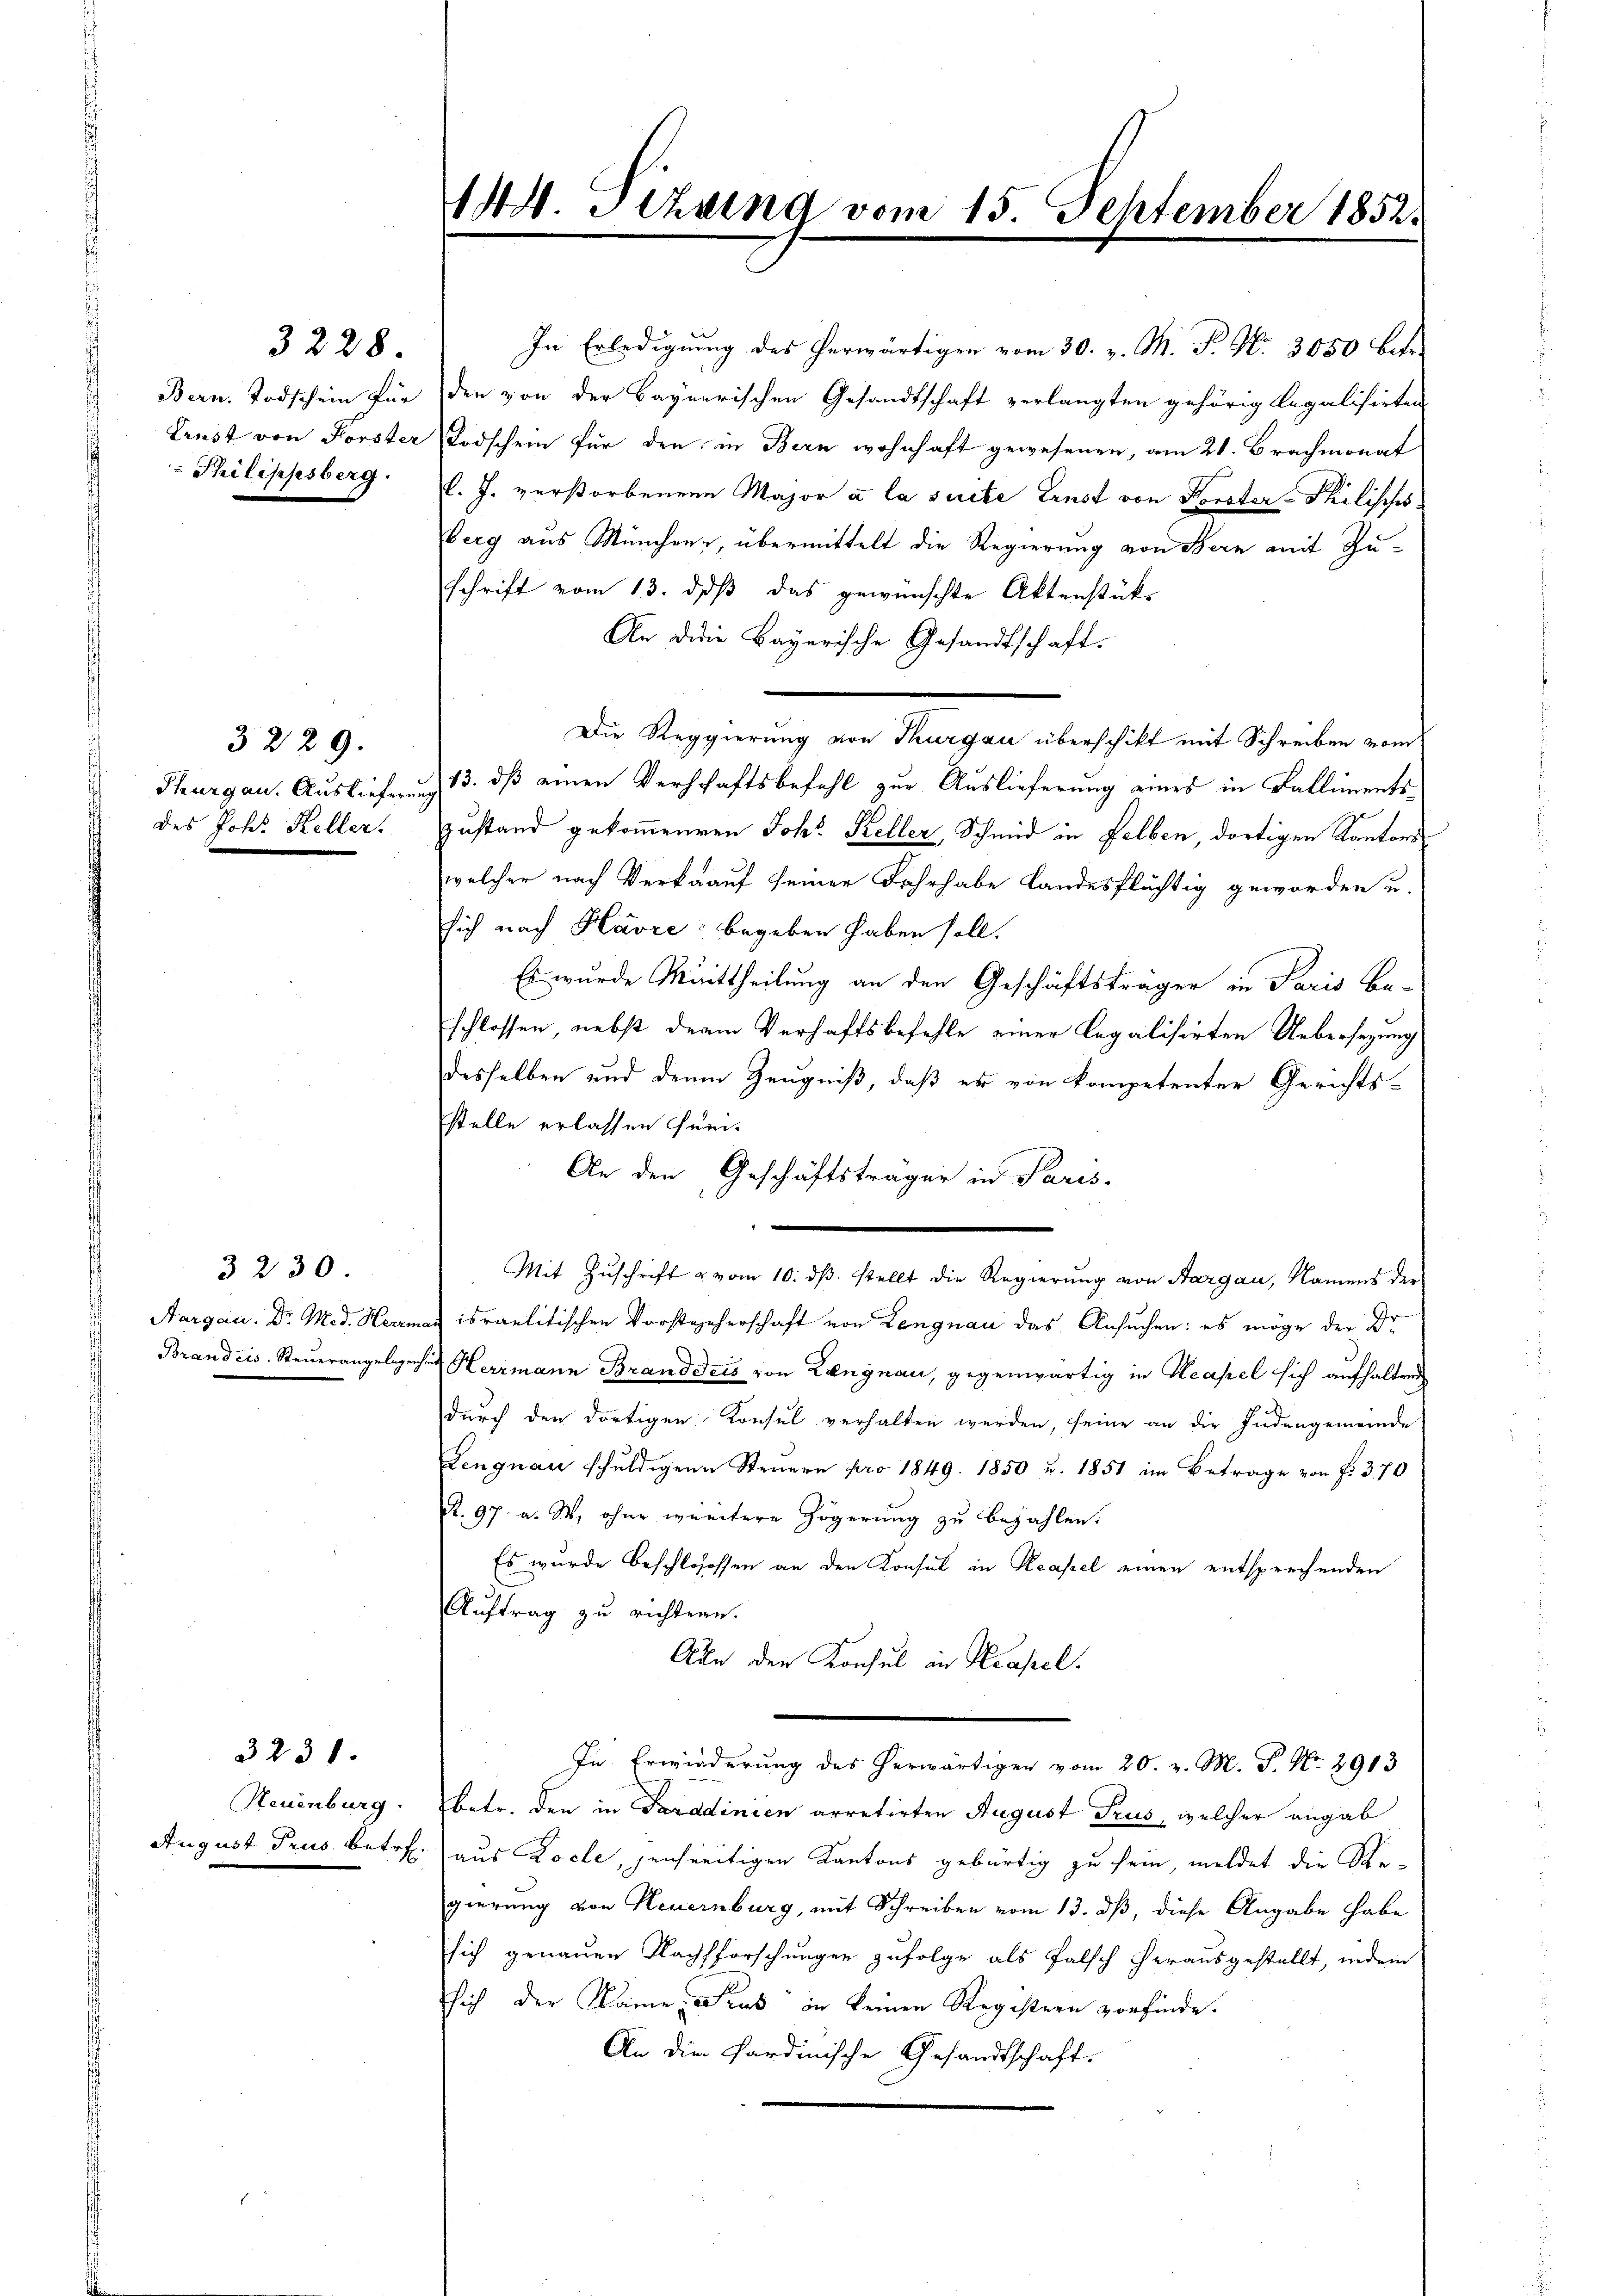
Bern. Todschein für
Lenst von Forster
 Philippsberg.

Aargau. Dr. Med. Herrma
Brandcis Steuerangelegenhe

3230.

3231.

3228.

3229.
Thurgau. Auslieferung
des Joh. Keller.

Neuenburg.
August Prus. Betref

44 Sizung vom 15. September 1852.

In Erledigung des herwärtigen vom 30. v. M. P. Nr. 3050 betr.
den von der Bayerischen Gesandtschaft verlangten gehörig legalisirten
Todschein für den in Bern wohnhaft gewesenen, am 21. Brachmonat
l. J. verstorbenen Major a la suite Ernst von Korster Philisches
Zerg aus Münchene, übermittelt die Regierung von Bern mit Zuchrift vom 13. daß das gewünschte Aktenstük-
An die Bayerische Gesandtschaft.
Die Reggierung von Thurgau überschikt mit Schreiben vom
13. dß einen Verschaftsbefehl zur Auslieferung eines in Ballimentsustand gekommenen Joh. Keller, Schmid in Felben, dortigen Kantons
welcher nach Verkauf seiner Fahrhabe landesflüchtig geworden u.
Dich nach Havre begeben haben soll.
Es wurde Mittheilung an den Geschäftsträger in Paris Be-
schlossen, nebst der Verhaftsbefehle einer Legalisirten Uebersezung
esselben und denen Zeugniß, daß es von kompetenter Gerichts-
Stelle erlassen sein.
An den Geschäftsträger in Paris-
n
Mit Zŭschrift & vom 10. dβ. stellt die Regierŭng von Aargau, Namens der
israelitischen Vorstgeherschaft von Lengnau das Ansuchen: es möge der Dr.
Herrmann Branddeis von Langnau, gegenwärtig in Neapel sich aufhalten
durch den dortigen Konsul verhalten werden, seine an die Judengemeinde
engnau schŭldigen Steuern pro 1849. 1850 u. 1851 im Betrage von f. 370
2. 97. a. W. ohne wundere Zögerung zu bezahlen.
Es wurde beschlosssen an den Konsul in Neapel einen entsprechenden
Auftrag zu richtern.
Aus den Konsul in Krapel.
In Erwiederung des herwärtigen vom 20. v. M. P. Nr. 2913
betr. den in Faradinien arretirten August Trus, welcher angab
aus Locle, jenseitigen Kantons gebürtig zu sein, meldet die Regierung von Neuernburg, mit Schreiben vom 13. dß, diese Angabe habe
sich genauen Nachsforschungen zufolge als falsch herausgestellt, indem
sich der Raine Trus in keinen Registern vorfinde.
An die Sardinische Gesandtschaft.